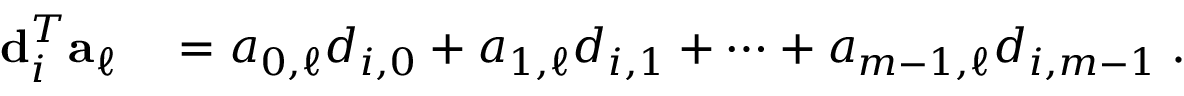
\begin{array} { r l } { { \bf d } _ { i } ^ { T } { \bf a } _ { \ell } } & { { } = a _ { 0 , \ell } d _ { i , 0 } + a _ { 1 , \ell } d _ { i , 1 } + \cdots + a _ { m - 1 , \ell } d _ { i , m - 1 } \; . } \end{array}